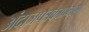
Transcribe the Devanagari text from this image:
अंदाजपत्रकाप्रमाणे